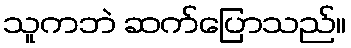
သူကဘဲ ဆက်ပြောသည်။